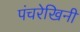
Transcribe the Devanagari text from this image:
पंचरेखिनी